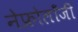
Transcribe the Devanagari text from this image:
नेफ्रोलॉंजी